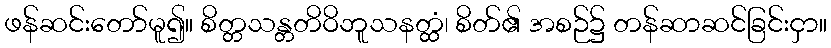
ဖန်ဆင်းတော်မူ၍။ စိတ္တသန္တတိဝိဘူသနတ္ထံ၊ စိတ်၏ အစဉ်၌ တန်ဆာဆင်ခြင်းငှာ။